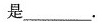
是___.